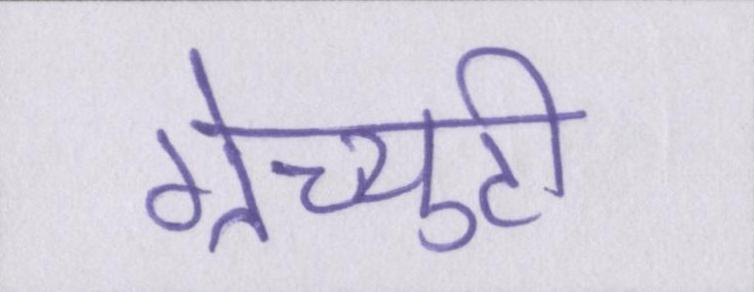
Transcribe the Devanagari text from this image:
ग्रेच्युटी